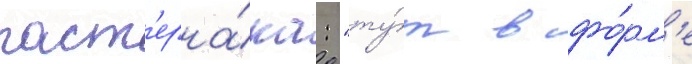
паст'ерна́ка: "ту́т в фо́рм'е